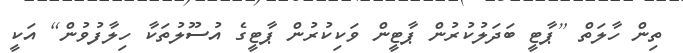
ތިން ހާލަތް [ޕާޓީ ބަދަލުކުރުން ޕާޓީން ވަކިކުރުން ޕާޓީގެ އުސޫލުތަކާ ހިލާފުވުން] އަކީ